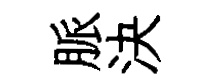
脈決